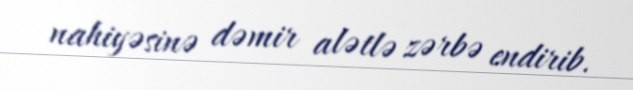
nahiyəsinə dəmir alətlə zərbə endirib.